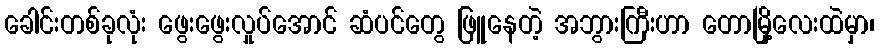
ခေါင်းတစ်ခုလုံး ဖွေးဖွေးလှုပ်အောင် ဆံပင်တွေ ဖြူနေတဲ့ အဘွားကြီးဟာ တောမြို့လေးထဲမှာ၊